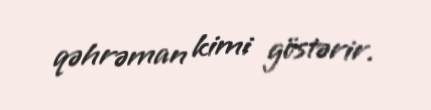
qəhrəman kimi göstərir.